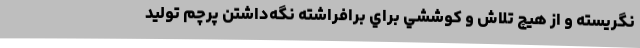
نگريسته و از هيچ تلاش و كوششي براي برافراشته نگه­داشتن پرچم توليد